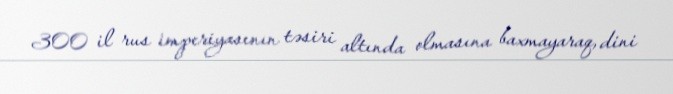
300 il rus imperiyasının təsiri altında olmasına baxmayaraq, dini